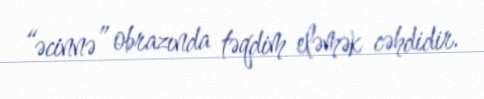
“əcinnə” obrazında təqdim eləmək cəhdidir.